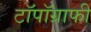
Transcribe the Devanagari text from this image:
टॉपॉग्राफी